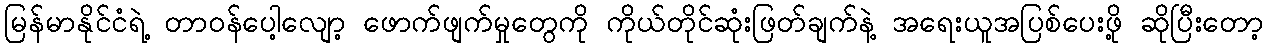
မြန်မာနိုင်ငံရဲ့ တာဝန်ပေါ့လျော့ ဖောက်ဖျက်မှုတွေကို ကိုယ်တိုင်ဆုံးဖြတ်ချက်နဲ့ အရေးယူအပြစ်ပေးဖို့ ဆိုပြီးတော့